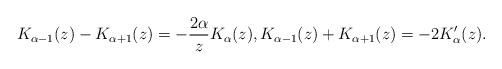
LaTeX: \begin{align*}K_{\alpha-1}(z)-K_{\alpha+1}(z)=-\frac{2\alpha}{z}K_{\alpha}(z),K_{\alpha-1}(z)+K_{\alpha+1}(z)=-2K'_{\alpha}(z).\end{align*}